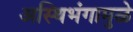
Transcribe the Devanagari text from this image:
अस्थिभंगामुळे